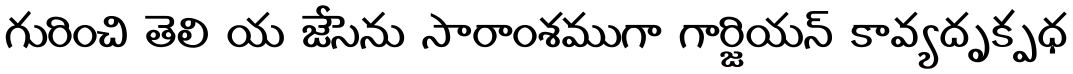
గురించి తెలి య జేసెను సారాంశముగా గార్జియన్ కావ్యదృక్పధ